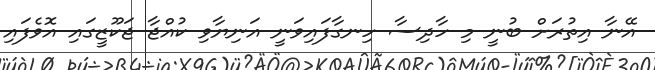
އޭނާ އިތުރަށް ބުނީ މި ހާދިސާ ހިނގާފައިވަނީ އަނިޔާވި ކުއްޖާ ޖަކޫޒީގައި އޮވެފައި